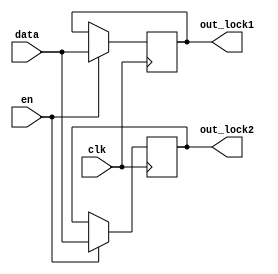
module blocing_assign(data, clk, en, out_lock1, out_lock2);
	input data;
	input clk;
	input en;
	output reg out_lock1;
	output reg out_lock2;

	always @(posedge clk)
		if(en)
			begin
				out_lock1 = data;
				out_lock2 = out_lock1;
			end
		else
			begin
				out_lock1 = out_lock1;
				out_lock2 = out_lock2;
			end
endmodule